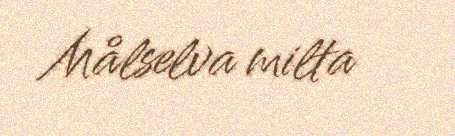
Målselva milta